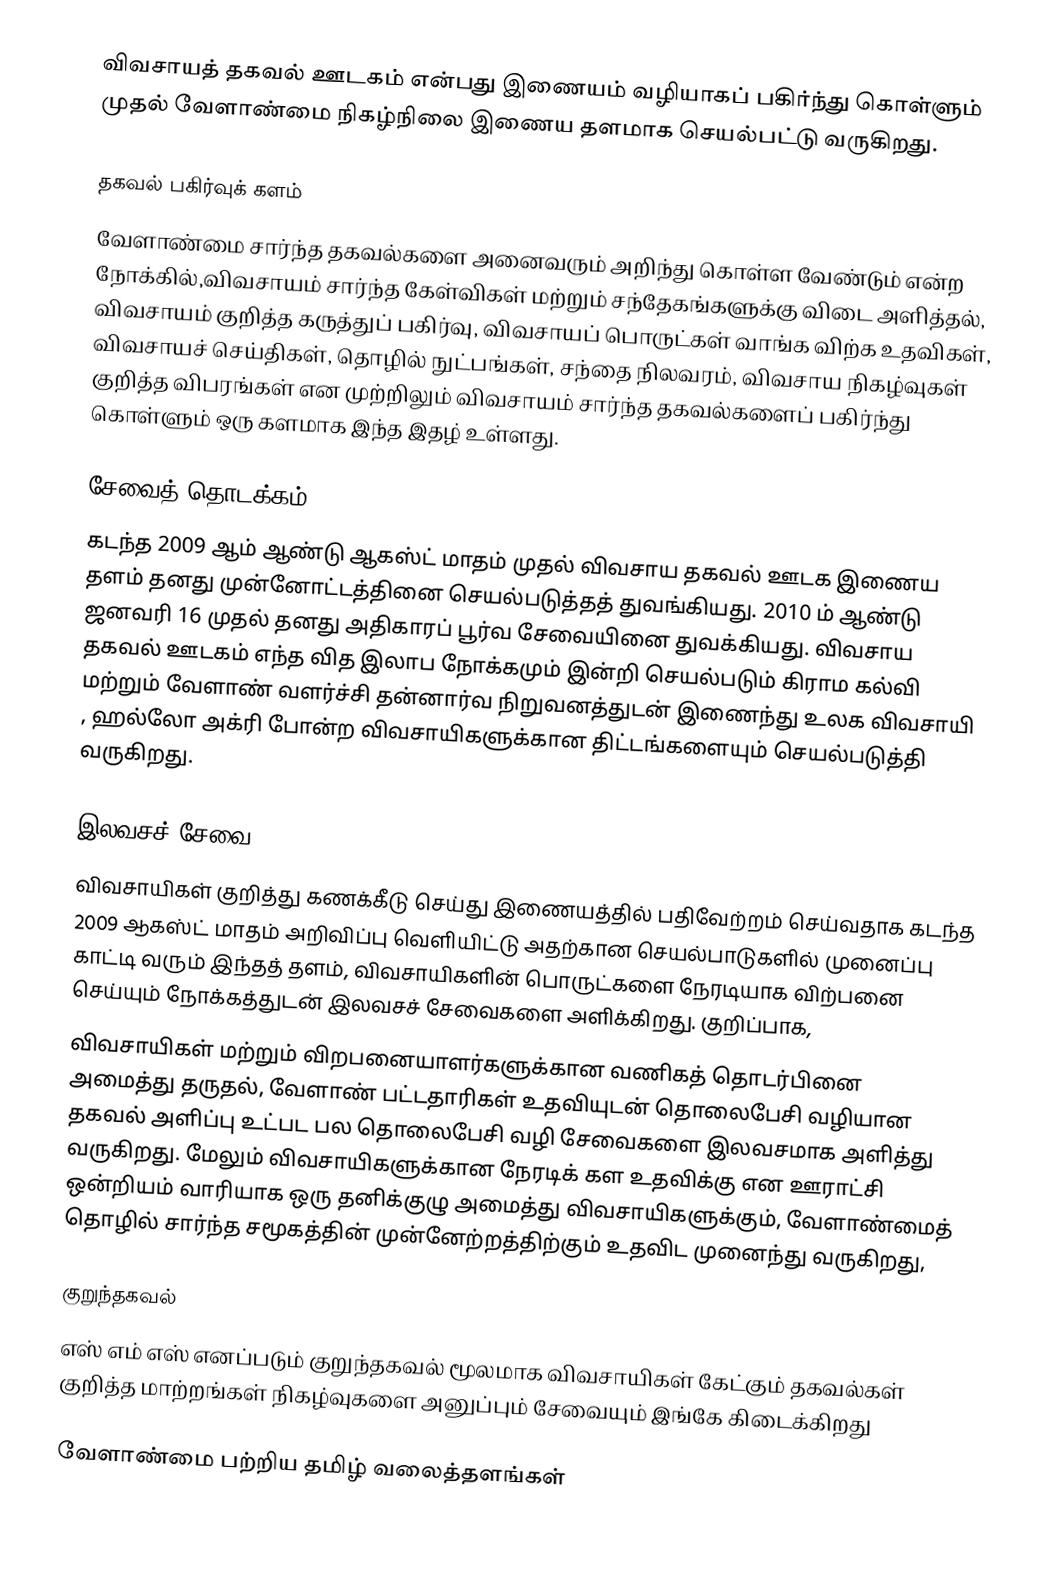
விவசாயத் தகவல் ஊடகம் என்பது இணையம் வழியாகப் பகிர்ந்து கொள்ளும் முதல் வேளாண்மை நிகழ்நிலை இணைய தளமாக செயல்பட்டு வருகிறது.

தகவல் பகிர்வுக் களம்
வேளாண்மை சார்ந்த தகவல்களை அனைவரும் அறிந்து கொள்ள வேண்டும் என்ற நோக்கில்,விவசாயம் சார்ந்த கேள்விகள் மற்றும் சந்தேகங்களுக்கு விடை அளித்தல், விவசாயம் குறித்த கருத்துப் பகிர்வு, விவசாயப் பொருட்கள் வாங்க விற்க உதவிகள், விவசாயச் செய்திகள், தொழில் நுட்பங்கள், சந்தை நிலவரம், விவசாய நிகழ்வுகள் குறித்த விபரங்கள் என முற்றிலும் விவசாயம் சார்ந்த தகவல்களைப் பகிர்ந்து கொள்ளும் ஒரு களமாக இந்த இதழ் உள்ளது.

சேவைத் தொடக்கம்
கடந்த 2009 ஆம் ஆண்டு ஆகஸ்ட் மாதம் முதல் விவசாய  தகவல் ஊடக இணைய தளம் தனது முன்னோட்டத்தினை செயல்படுத்தத் துவங்கியது.  2010 ம் ஆண்டு ஜனவரி 16 முதல் தனது அதிகாரப் பூர்வ சேவையினை துவக்கியது. விவசாய தகவல் ஊடகம் எந்த வித இலாப நோக்கமும் இன்றி செயல்படும் கிராம கல்வி மற்றும் வேளாண் வளர்ச்சி தன்னார்வ நிறுவனத்துடன் இணைந்து உலக விவசாயி , ஹல்லோ அக்ரி போன்ற விவசாயிகளுக்கான திட்டங்களையும் செயல்படுத்தி வருகிறது.

இலவசச் சேவை
விவசாயிகள் குறித்து கணக்கீடு செய்து இணையத்தில் பதிவேற்றம் செய்வதாக கடந்த 2009 ஆகஸ்ட் மாதம் அறிவிப்பு வெளியிட்டு அதற்கான செயல்பாடுகளில் முனைப்பு காட்டி வரும் இந்தத் தளம், விவசாயிகளின் பொருட்களை நேரடியாக விற்பனை செய்யும் நோக்கத்துடன் இலவசச் சேவைகளை அளிக்கிறது. குறிப்பாக,
விவசாயிகள் மற்றும் விறபனையாளர்களுக்கான வணிகத் தொடர்பினை அமைத்து தருதல், வேளாண் பட்டதாரிகள் உதவியுடன் தொலைபேசி வழியான தகவல் அளிப்பு உட்பட பல தொலைபேசி வழி சேவைகளை இலவசமாக அளித்து வருகிறது. மேலும் விவசாயிகளுக்கான நேரடிக் கள உதவிக்கு என ஊராட்சி ஒன்றியம் வாரியாக  ஒரு தனிக்குழு அமைத்து விவசாயிகளுக்கும், வேளாண்மைத் தொழில் சார்ந்த சமூகத்தின் முன்னேற்றத்திற்கும் உதவிட முனைந்து  வருகிறது,

குறுந்தகவல்
எஸ் எம் எஸ் எனப்படும் குறுந்தகவல் மூலமாக விவசாயிகள் கேட்கும் தகவல்கள் குறித்த மாற்றங்கள் நிகழ்வுகளை அனுப்பும் சேவையும் இங்கே கிடைக்கிறது

வேளாண்மை பற்றிய தமிழ் வலைத்தளங்கள்